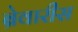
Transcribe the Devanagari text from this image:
ब्रेवारीस